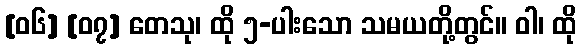
[၀၆] [၀၇] တေသု၊ ထို ၅-ပါးသော သမယတို့တွင်။ ဝါ၊ ထို